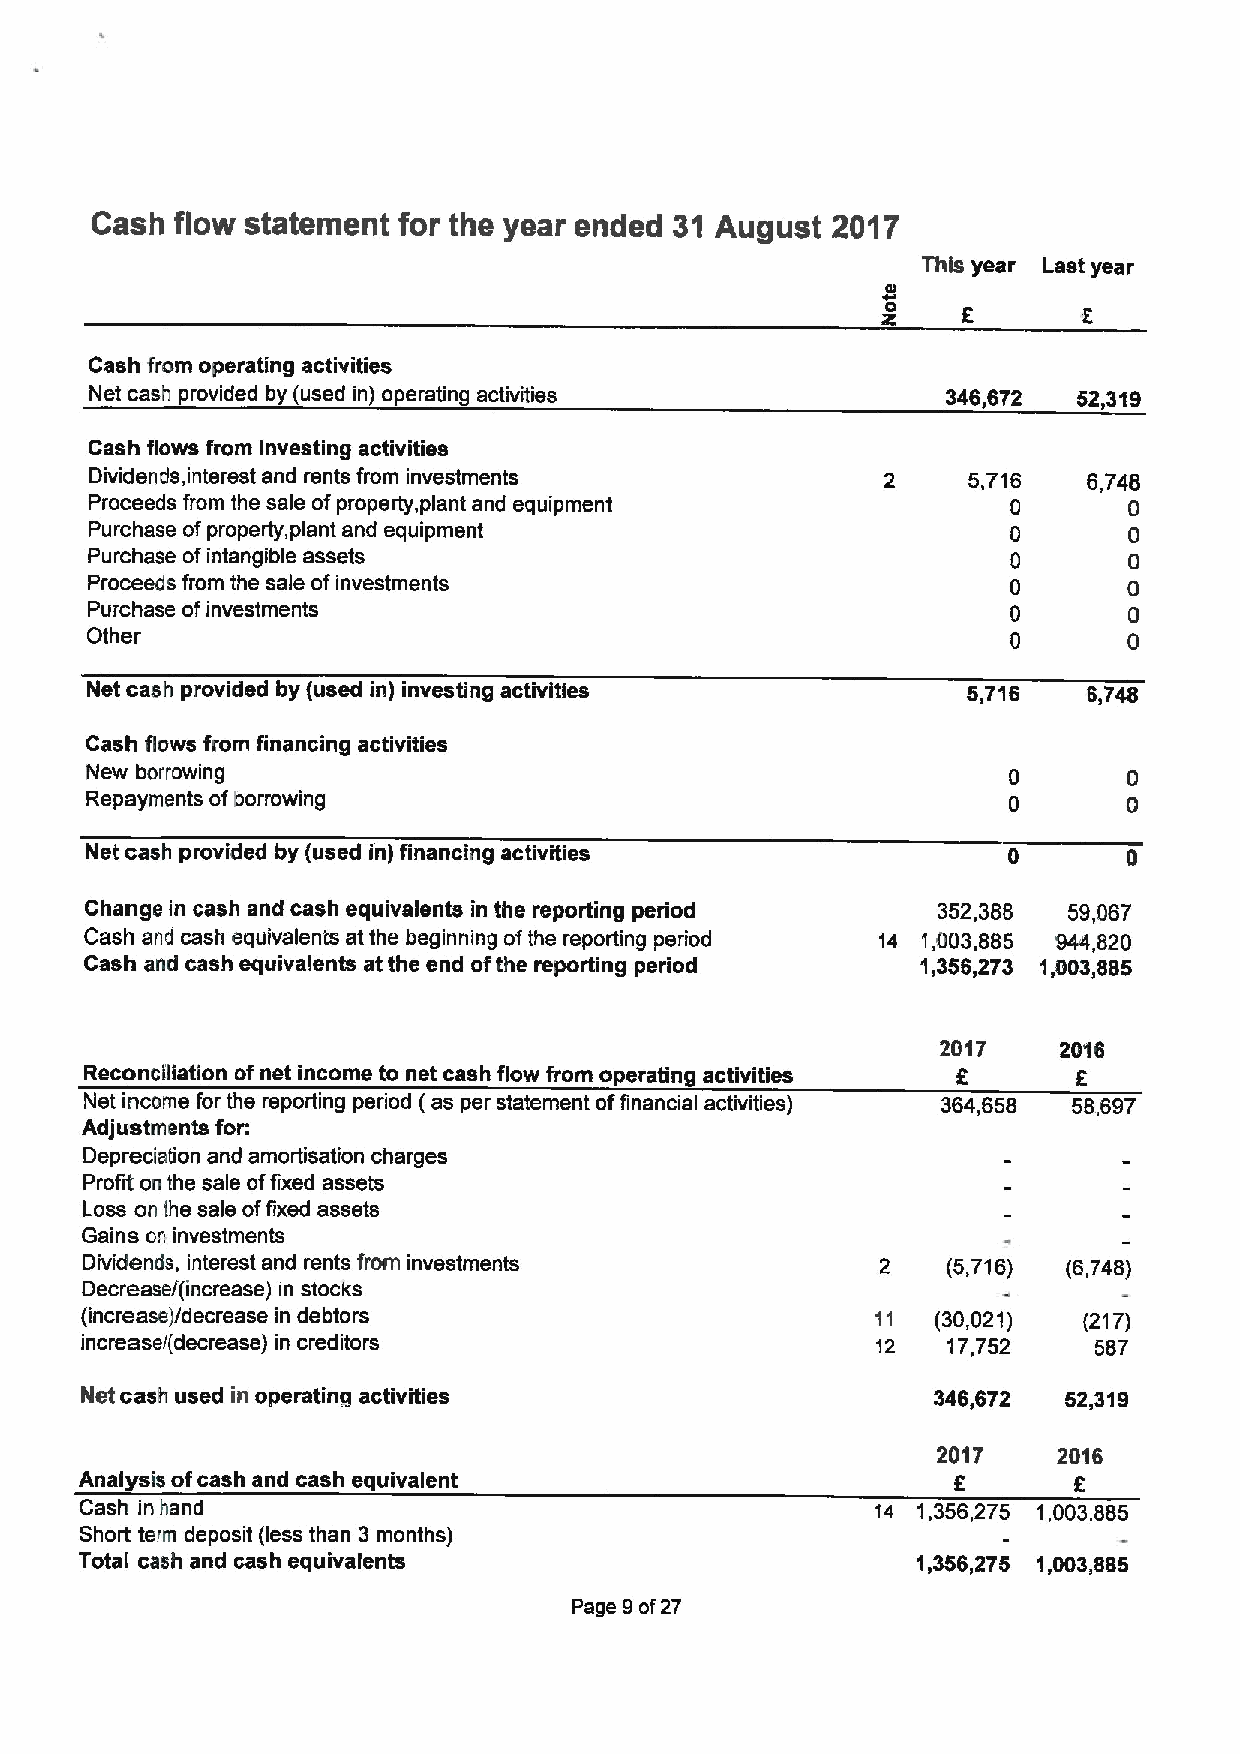
Cash  flow statement for the year ended 31 August 2017
 This year Lastyear
 0
 6       2
 Cash from operating activities
 Net cash provided by (used in) operating activities      346,672 52,319
 Cash flows from investing activities
 Dividends, interest and rents from investments      2     5716    6748
 Proceeds from the sale ofproperty, plant and equipment       0       0
 Purchase ofproperty, plant and equipment                     0       0
 Purchase ofintangible assets                                 0       0
 Proceeds from the sale ofinvestments                         0       0
 Purchase ofinvestments                                       0       0
 Other                                                        0       0
 Net cash provided by {used in) investing activities       5,716   5,748
 Cash flows from financing activities
 New borrowing
 Repay/nants ofborrowing
 Net cash provided by {used in) financing activities          0       0
 Change in cash and cash equivalents in the reporting period 352,388 59,067
 Cash arid cash equivalents at the beginning ofthe reporting period 14 1,003,885 944,820
 Cash and cash equivalents at the end ofthe reporting period 1,356,273 1,003,885
 2017    2016
 Reconciliation ofnet income to net cash flow from operating activities 6 8
 Net income for the reporting period (as per statement offinancial activities) 364,658 58,697
 Adjustmsnts for:
 Depreciation and amortisation charges
 Profit on the sale offixed assets
 Loss on the sale offixed assets
 Gains on investments
 Dividends, interest and rents from investments       2    (5,716) (6,748)
 Decrease/(increase) in stocks
 (increase)/decrease in debtors                       11  (30,021)  {217)
 increase/(decrease) in creditors                     12   17,752   587
 Net cash used in operating activities                    346,672  52,319
 2017    2016
 Analysis ofcash and cash equivalent                       6       6
 Cash inhand                                          14 1,356,275 1,003,885
 Short teim deposit (less than 3 months)
 Total cash and cash equivalents                         1,356,275 1,003,885
 Page 9of27